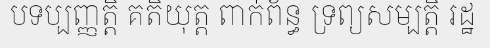
បទប្បញ្ញត្តិ គតិយុត្ត ពាក់ព័ន្ធ ទ្រព្យសម្បត្តិ រដ្ឋ